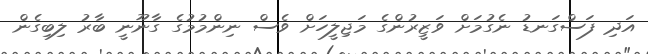
އަދި ފަސްގަނޑު ނެގުމަށް ވަޒީރުންގެ މަޖިލީހަށް ވެސް ނިންމުމުގެ ގާނޫނީ ބާރު ލިބިގެން